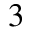
^ 3